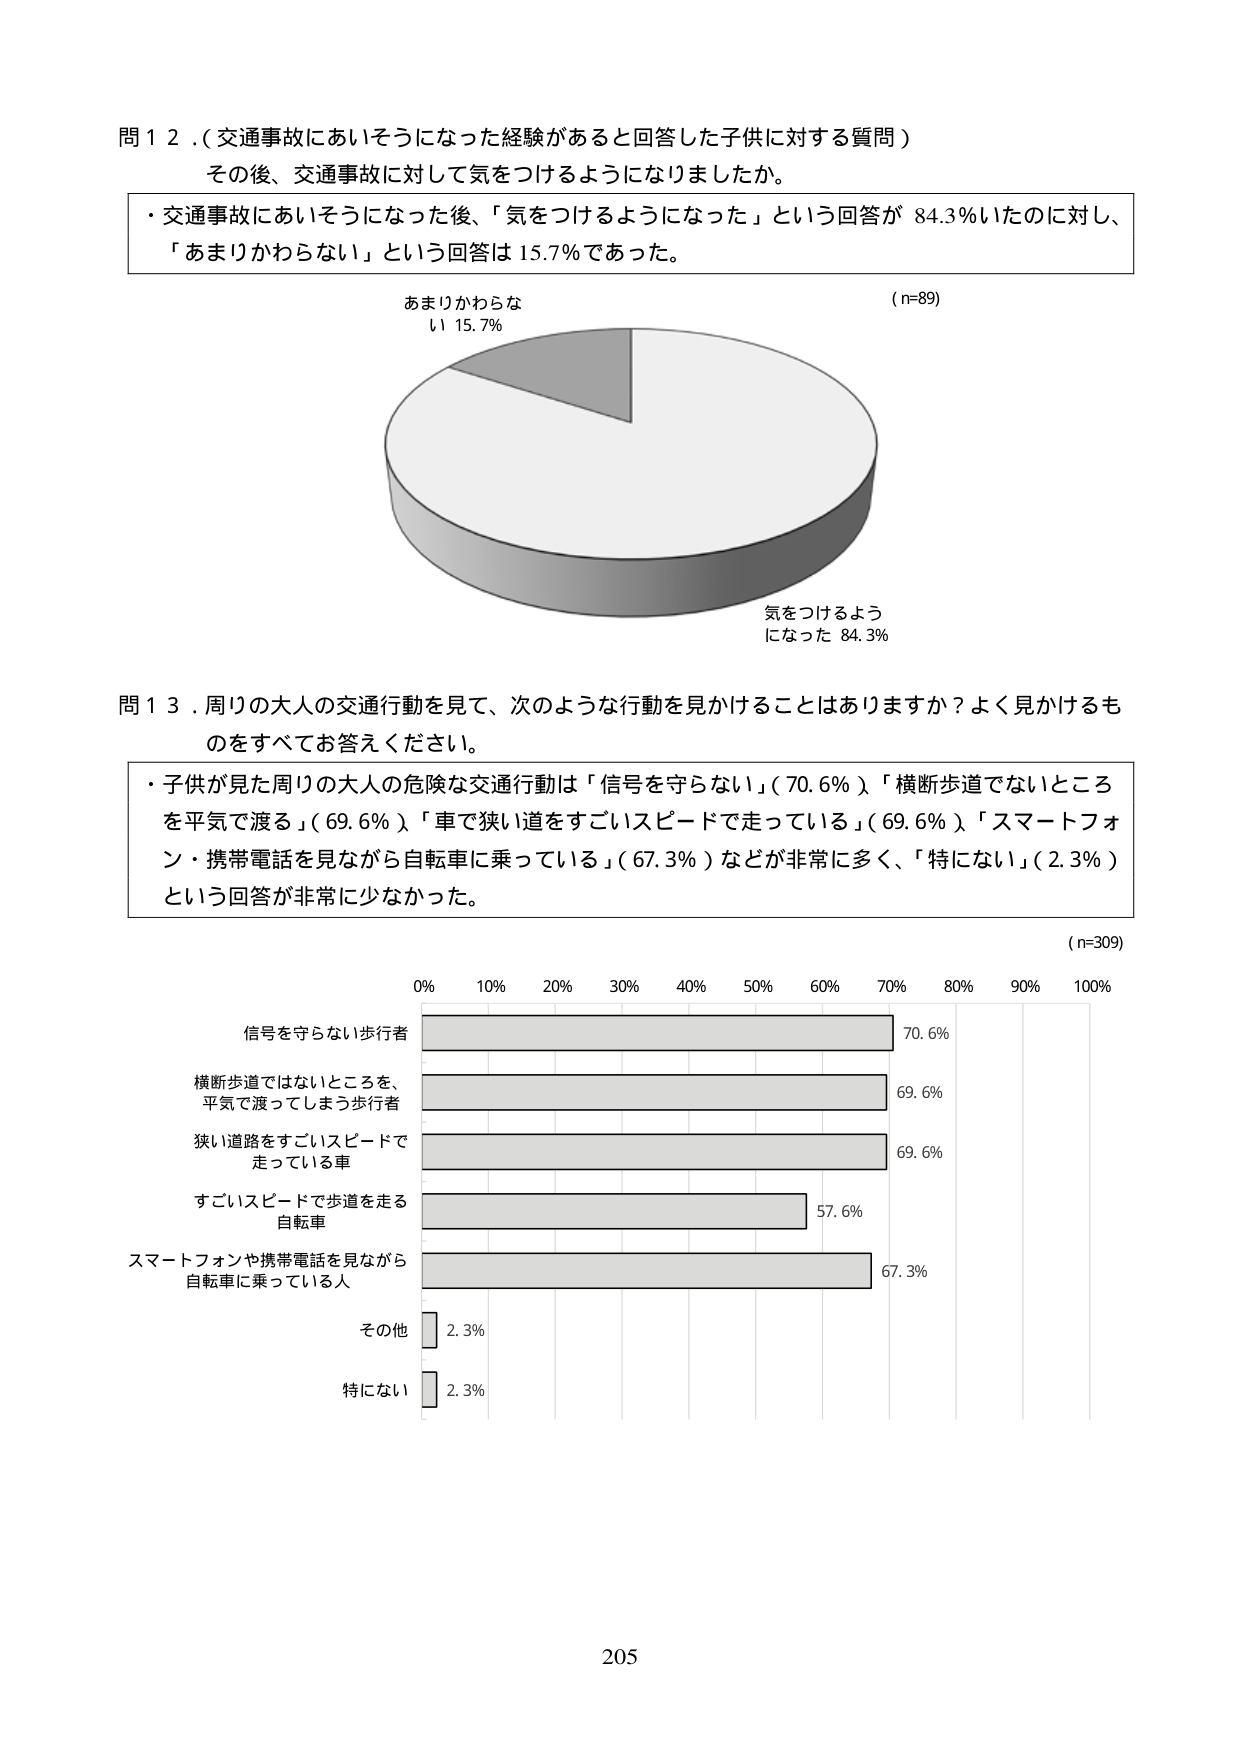
問１２．（交通事故にあいそうになった経験があると回答した子供に対する質問）
その後、交通事故に対して気をつけるようになりましたか。
・交通事故にあいそうになった後、「気をつけるようになった」という回答が 84.3％いたのに対し、
「あまりかわらない」という回答は 15.7％であった。
あまりかわらない 15.7％
（n=89）
気をつけるようになった 84.3％

問１３．周りの大人の交通行動を見て、次のような行動を見かけることはありますか？よく見かけるものをすべてお答えください。
・子供が見た周りの大人の危険な交通行動は「信号を守らない」（70.6％）、「横断歩道でないところを平気で渡る」（69.6％）、「車で狭い道をすごいスピードで走っている」（69.6％）、「スマートフォン・携帯電話を見ながら自転車に乗っている」（67.3％）などが非常に多く、「特にない」（2.3％）という回答が非常に少なかった。
（n=309）
0% 10% 20% 30% 40% 50% 60% 70% 80% 90% 100%
信号を守らない歩行者 70.6%
横断歩道ではないところを、平気で渡ってしまう歩行者 69.6%
狭い道路をすごいスピードで走っている車 69.6%
すごいスピードで歩道を走る自転車 57.6%
スマートフォンや携帯電話を見ながら自転車に乗っている人 67.3%
その他 2.3%
特にない 2.3%
205